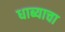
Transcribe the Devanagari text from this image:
धाब्याचा